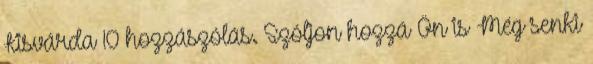
Kisvárda 10 hozzászólás. Szóljon hozzá Ön is Még senki